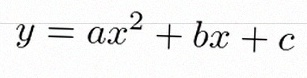
y=ax^2+bx+c